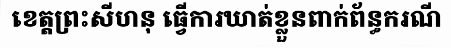
ខេត្តព្រះសីហនុ ធ្វើការឃាត់ខ្លួនពាក់ព័ន្ធករណី